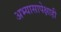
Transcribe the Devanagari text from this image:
अभ्यासापेक्षाही